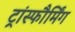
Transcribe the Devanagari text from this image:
ट्रांस्फौर्मिंग